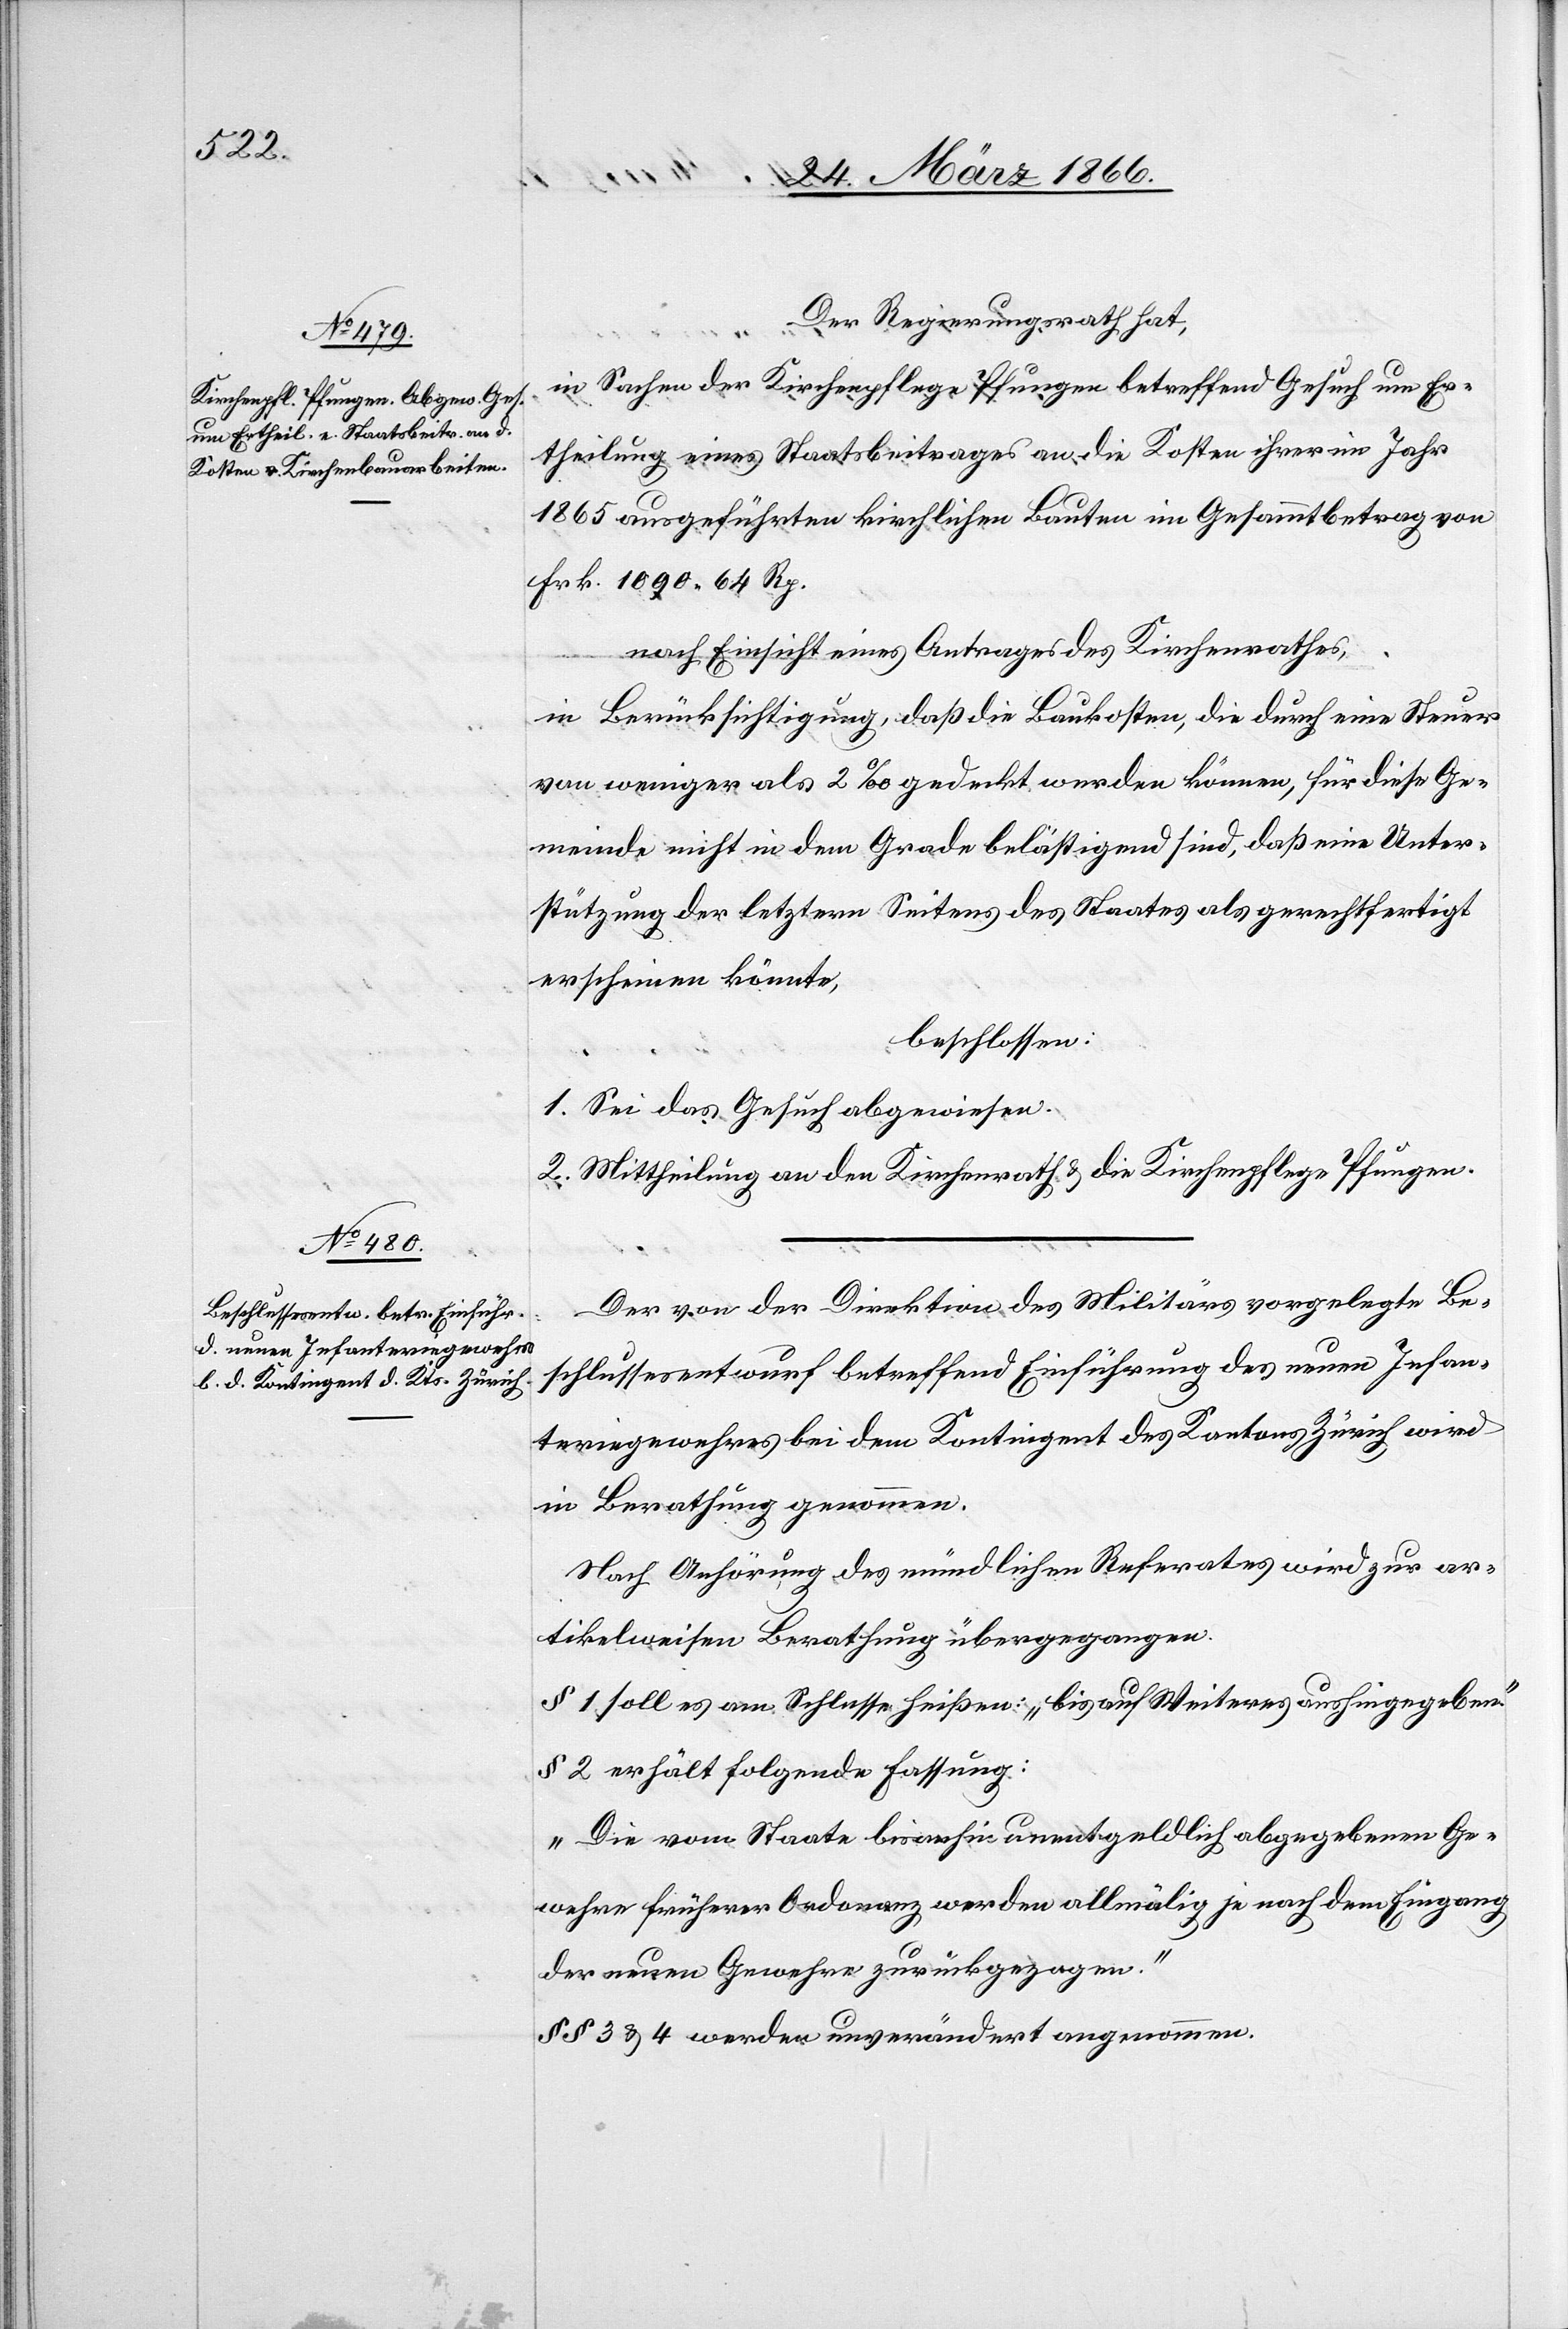
Der Regierungsrath hat,
in Sachen der Kirchenpflege Pfungen betreffend Gesuch um Er¬
theilung eines Staatsbeitrages an die Kosten ihrer im Jahr
1865 ausgeführten kirchlichen Bauten im Gesammtbetrag von
Frk. 19 090,64 Rp.
nach Einsicht eines Antrages des Kirchenrathes,
in Berücksichtigung, daß die Baukosten, die durch eine Steuer
von weniger als 2 ‰ gedeckt werden können, für diese Ge¬
meinde nicht in dem Grade belästigend sind, daß eine Unter¬
stützung der letztern Seitens des Staates als gerechtfertigt
erscheinen könnte,
beschlossen:
1. Sei das Gesuch abgewiesen.
2. Mittheilung an den Kirchenrath u. die Kirchenpflege Pfungen.
Der von der Direktion des Militärs vorgelegte Be¬
schlussesentwurf betreffend Einführung des neuen Infan¬
teriegewehres bei dem Kontingent des Kantons Zürich wird
in Berathung genommen.
Nach Anhörung des mündlichen Referates wird zur ar¬
tikelweise Berathung übergegangen.
§ 1 soll es am Schlusse heißen: „bis auf Weiteres aushingegeben.“
§ 2 erhält folgende Fassung:
„Die vom Staate bis anhin unentgeltlich abgegebenen Ge¬
wehre früherer Ordonanz werden allmälig je nach dem Eingang
der neuen Gewehre zurückgezogen.“
§ § 3 u. 4. werden unverändert angenommen.